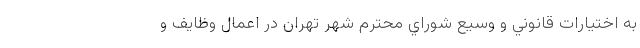
به اختيارات قانوني و وسيع شوراي محترم شهر تهران در اعمال وظايف و